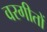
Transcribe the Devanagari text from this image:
वरगीतों